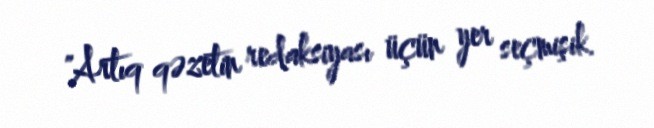
"Artıq qəzetin redaksiyası üçün yer seçmişik.